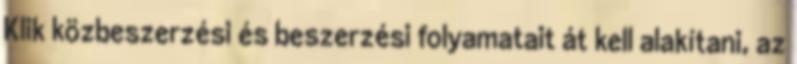
Klik közbeszerzési és beszerzési folyamatait át kell alakítani, az